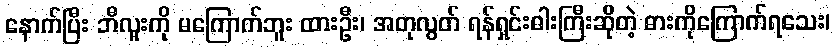
နောက်ပြီး ဘီလူးကို မကြောက်ဘူး ထားဦး၊ အတုလွတ် ရန်ရှင်းဓါးကြီးဆိုတဲ့ ဓားကိုကြောက်ရသေး၊